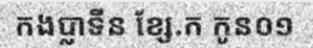
កងប្លាទីន ខ្សែ.ក កូន០១